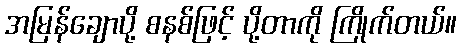
အမြန်ချောပို့ စနစ်ဖြင့် ပို့တာကို ကြိုက်တယ်။